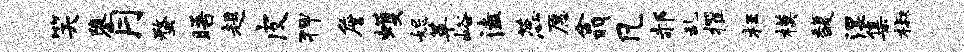
笑隳月蝥晤趄皮狎詹蠖妃革峪溘蕊愿翕凡郝乱擢枉模馥湿集椒